system: You are a helpful assistant.
user:
Analyze the provided spectrum to determine if it is a **Carbon Star (C-type)**.

- **Key Visual Indicators of Carbon Star:**
    - **(Primary):** Strong molecular absorption from **C₂ (diatomic carbon) "Swan Bands."** This is the **defining feature** of a carbon star.
        - **(Key Bandheads):** Sharp absorption edges are visible at approximately $5635$ Å, $5165$ Å (the strongest band), and $4737$ Å.
        - **(Line Profile):** Creates a distinct **"saw-tooth"** pattern. The key morphology is a sharp, steep bandhead on the **red (long-wavelength) side**, which then gradually tapers off (i.e., flux recovers) towards the **blue (short-wavelength) side**. *(This is the direct opposite of the TiO bands seen in M-type stars)*.

    - **(Secondary):** Intense **CN (cyanogen)** molecular absorption bands.
        - **(Key Bandheads):** Located in the blue and violet regions of the spectrum (e.g., near $4215$ Å and $3883$ Å).
        - **(Morphology):** These bands are extremely broad and act as a "blanket," absorbing the vast majority of blue and violet light. This creates a characteristic **"cliff"** or **"steep drop-off"** in the spectrum's flux at short wavelengths.

    - **(Key Confirmation):** Strong **CH absorption band (G-band)**.
        - **(Key Bandhead):** Located around $4300$ Å. The contribution from CH molecules to this band is exceptionally strong.

    - **(Overall Spectrum):**
        - The continuum is severely "chopped up" by these deep molecular bands, especially C₂, rather than appearing as a smooth curve.
        - Due to the heavy CN and C₂ absorption in the blue-green, the vast majority of the star's flux is concentrated in the red part of the spectrum, giving the star its characteristic deep red color.

Think first, call **spectral_visualization_tool** if needed to examine features in detail, then provide your final answer. Your response must adhere to the following strict rules:
1.  **Overall Structure:** Your response must follow the format `<think>...</think> <tool_call>...</tool_call> (if a tool is used) <answer>...</answer>`.
2.  **Tool Usage Constraint:** You may only make **one** tool call per turn.
3.  **Final Answer Format:** In the `<answer>` tag, your conclusion must be inside a `\boxed{}` command (e.g., `\boxed{YES}`), followed by your justification.

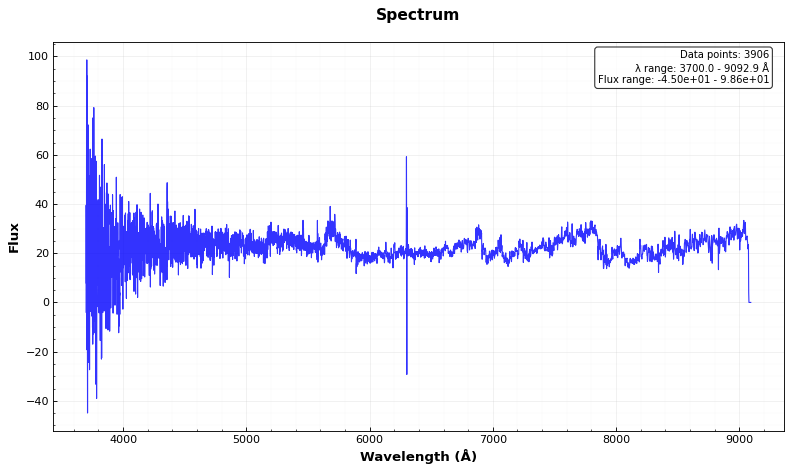
Answer: YES